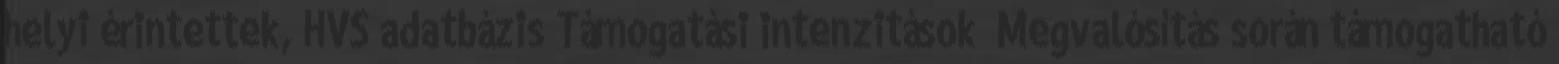
helyi érintettek, HVS adatbázis Támogatási intenzitások ▪Megvalósítás során támogatható